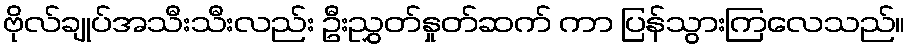
ဗိုလ်ချုပ်အသီးသီးလည်း ဦးညွှတ်နှုတ်ဆက် ကာ ပြန်သွားကြလေသည်။